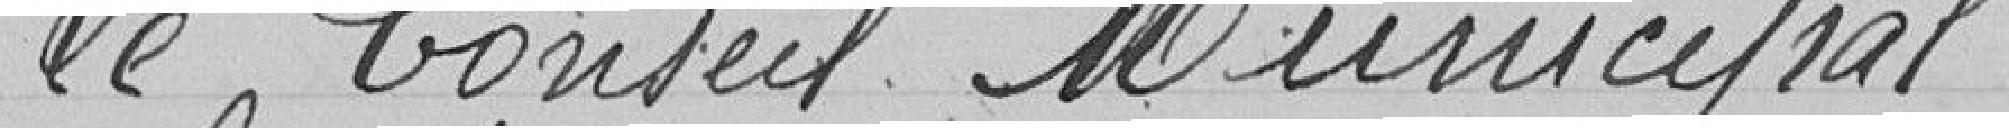
Le Conseil Municipal